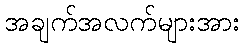
အချက်အလက်များအား